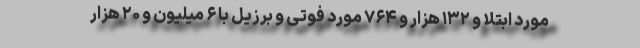
مورد ابتلا و ۱۳۲ هزار و ۷۶۴ مورد فوتی و برزیل با ۶ میلیون و ۲۰ هزار